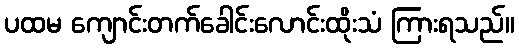
ပထမ ကျောင်းတက်ခေါင်းလောင်းထိုးသံ ကြားရသည်။